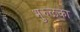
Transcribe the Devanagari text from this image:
भुरुळका